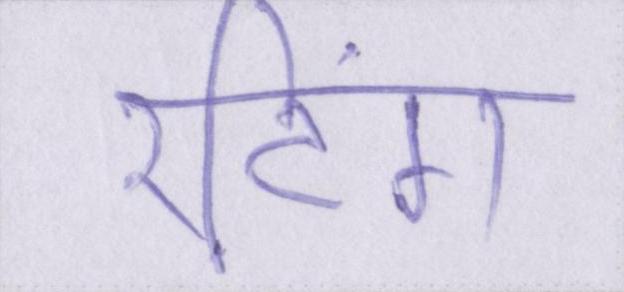
रटिंग